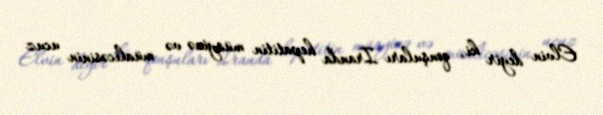
Elvin deyir ki, qonşuları İranda hepatitin müayinə və müalicəsinin ucuz